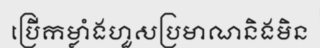
ប្រើកម្លាំងហួសប្រមាណនិងមិន